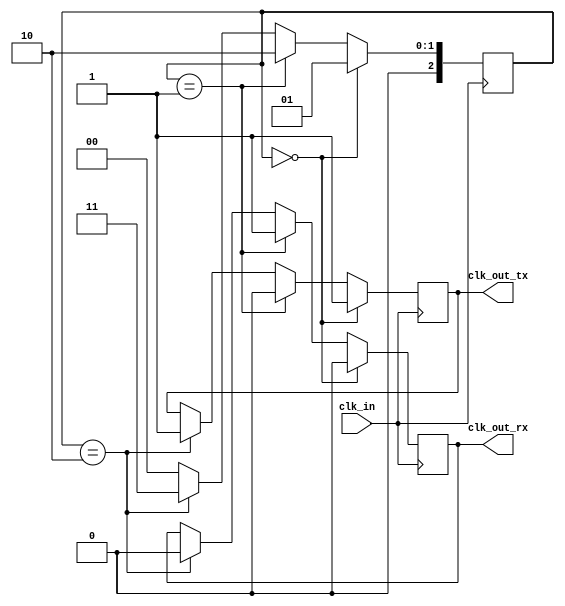
module clock_generation (
    input wire clk_in,
    output wire clk_out_tx,
    output wire clk_out_rx
);

reg [2:0] counter;

always @(posedge clk_in) begin
    if (counter == 3'b000) begin
        counter <= 3'b001;
        clk_out_tx <= 1'b1;
        clk_out_rx <= 1'b0;
    end else if (counter == 3'b001) begin
        counter <= 3'b010;
        clk_out_tx <= 1'b0;
        clk_out_rx <= 1'b1;
    end else if (counter == 3'b010) begin
        counter <= 3'b011;
        clk_out_tx <= 1'b1;
        clk_out_rx <= 1'b0;
    end else begin
        counter <= 3'b000;
    end
end

endmodule